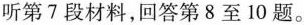
听第7段材料,回答第8至 10 题.